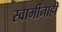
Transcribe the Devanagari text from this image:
स्वामींनाही